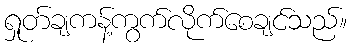
ရှုတ်ချကန့်ကွက်လိုက်စေချင်သည်။